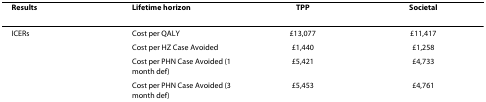
<table><thead><tr><td><b>Results</b></td><td><b>Lifetime horizon</b></td><td><b>TPP</b></td><td><b>Societal</b></td></tr></thead><tbody><tr><td>ICERs</td><td>Cost per QALY</td><td>£13,077</td><td>£11,417</td></tr><tr><td></td><td>Cost per HZ Case Avoided</td><td>£1,440</td><td>£1,258</td></tr><tr><td></td><td>Cost per PHN Case Avoided (1 month def)</td><td>£5,421</td><td>£4,733</td></tr><tr><td></td><td>Cost per PHN Case Avoided (3 month def)</td><td>£5,453</td><td>£4,761</td></tr></tbody></table>